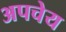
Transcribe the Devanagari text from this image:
अपचेय